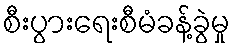
စီးပွားရေးစီမံခန့်ခွဲမှု